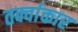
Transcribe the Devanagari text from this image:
तर्क्वाकार